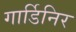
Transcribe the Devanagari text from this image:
गार्डिनिर